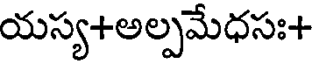
యస్య+అల్పమేధసః+